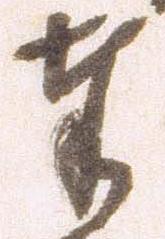
奉